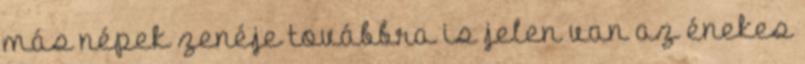
más népek zenéje továbbra is jelen van az énekes